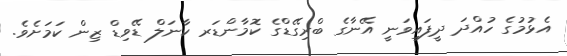
އެޅުމުގެ ހުއްދަ ދީފައިވަނީ އޭނާގެ ބްރިގޭޑްގެ ކޮމާންޑަރ ކާނަލް ޑޭވިޑް ޒިން ކަމަށެވެ.